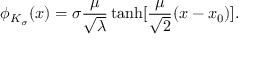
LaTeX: \phi _ { K _ { \sigma } } ( x ) = \sigma \frac { \mu } { \sqrt { \lambda } } \operatorname { t a n h } [ \frac { \mu } { \sqrt { 2 } } ( x - x _ { 0 } ) ] .